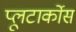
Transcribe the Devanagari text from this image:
प्लूटार्कोस